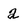
Character: 2